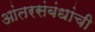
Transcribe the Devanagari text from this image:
आंतरसंबंधांची